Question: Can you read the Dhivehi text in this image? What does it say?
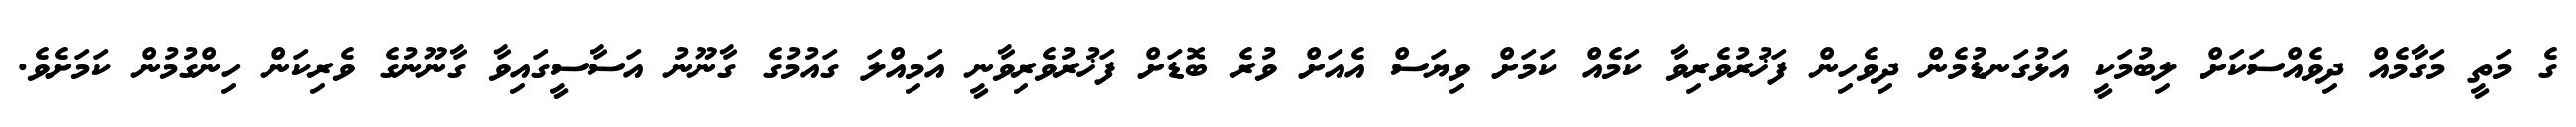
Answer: ގެ މަތީ މަގާމެއް ދިވެއްސަކަށް ލިބުމަކީ އަޅުގަނޑުމެން ދިވެހިން ފަޚުރުވެރިވާ ކަމެއް ކަމަށް ވިޔަސް އެއަށް ވުރެ ބޮޑަށް ފަޚުރުވެރިވާނީ އަމިއްލަ ގައުމުގެ ގާނޫނު އަސާސީގައިވާ ގާނޫނުގެ ވެރިކަން ހިންގުމުން ކަމަށެވެ.